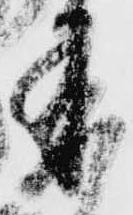
来